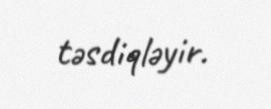
təsdiqləyir.